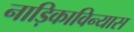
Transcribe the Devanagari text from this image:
नाड़िकाविन्यास